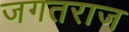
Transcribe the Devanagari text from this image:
जगतराज